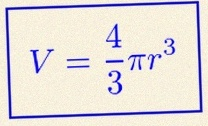
V=\frac43\pi r^3